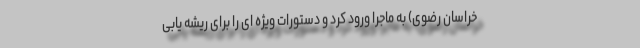
خراسان رضوی) به ماجرا ورود کرد و دستورات ویژه ای را برای ریشه یابی